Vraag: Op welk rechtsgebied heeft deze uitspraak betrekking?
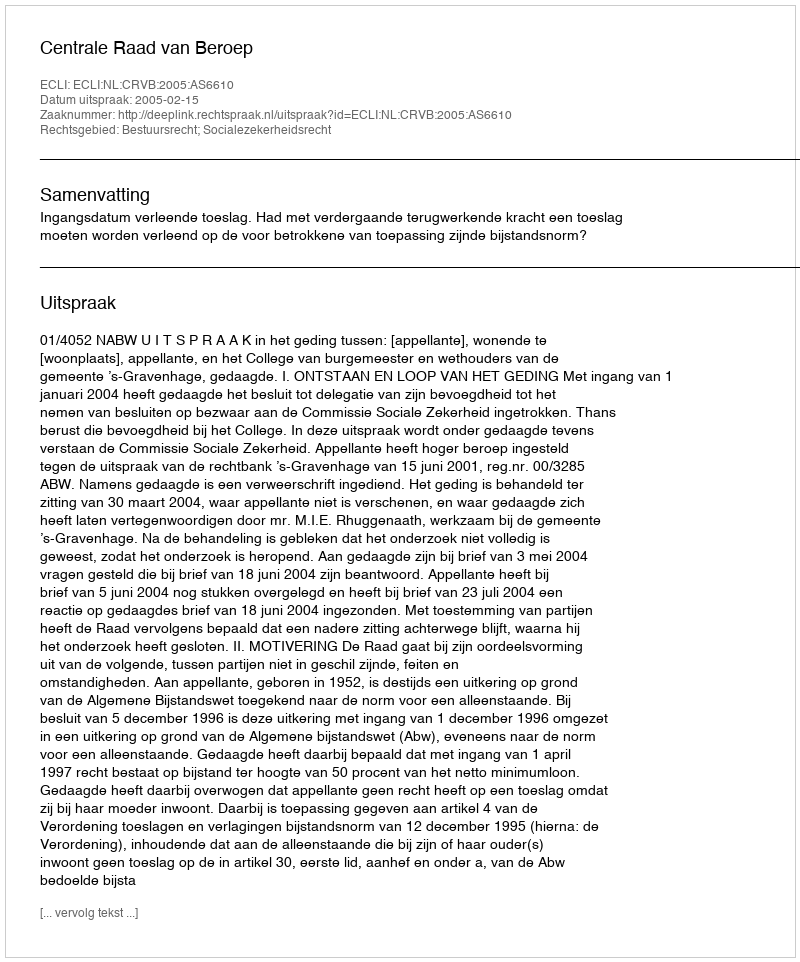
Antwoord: Bestuursrecht; Socialezekerheidsrecht